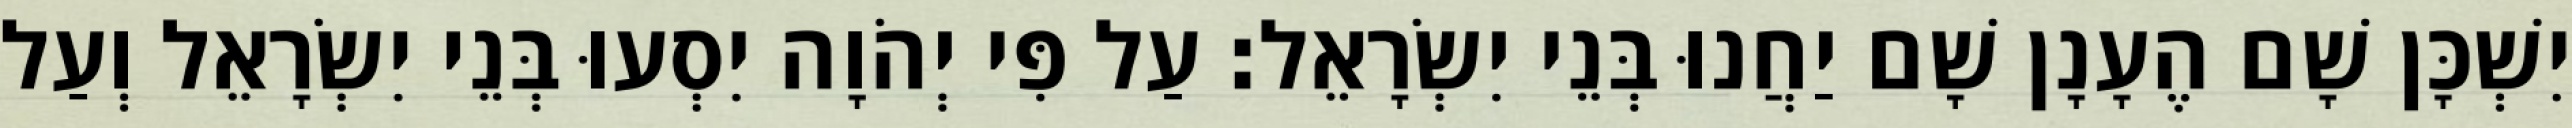
יִשְׁכָּן שָׁם הֶעָנָן שָׁם יַחֲנוּ בְּנֵי יִשְׂרָאֵל׃ עַל פִּי יְהֹוָה יִסְעוּ בְּנֵי יִשְׂרָאֵל וְעַל